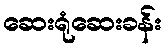
ဆေးရုံဆေးခန်း